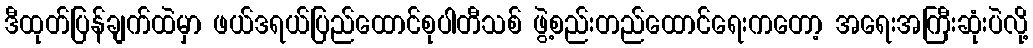
ဒီထုတ်ပြန်ချက်ထဲမှာ ဖယ်ဒရယ်ပြည်ထောင်စုပါတီသစ် ဖွဲ့စည်းတည်ထောင်ရေးကတော့ အရေးအကြီးဆုံးပဲလို့